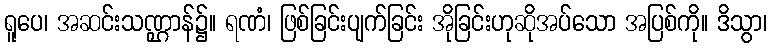
ရူပေ၊ အဆင်းသဏ္ဌာန်၌။ ရဏံ၊ ဖြစ်ခြင်းပျက်ခြင်း အိုခြင်းဟုဆိုအပ်သော အပြစ်ကို။ ဒိသွာ၊